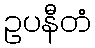
ဥပနီတံ